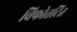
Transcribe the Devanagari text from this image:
विफोतटित